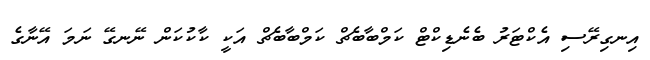
އިނގިރޭސި އެކްޓަރު ބެނެޑިކްޓް ކަމްބާބެޗް ކަމްބާބެޗް އަކީ ކާކުކަން ނޭނގޭ ނަމަ އޭނާގެ